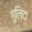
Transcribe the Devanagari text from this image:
गुलिंदा